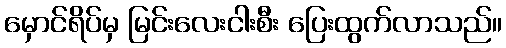
မှောင်ရိပ်မှ မြင်းလေးငါးစီး ပြေးထွက်လာသည်။